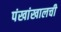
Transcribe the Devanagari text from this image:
पंखांखालची